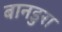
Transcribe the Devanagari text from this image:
बानडुरा